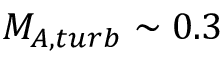
M _ { A , t u r b } \sim 0 . 3